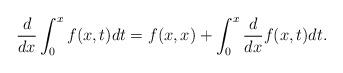
LaTeX: \begin{align*}\frac{d}{dx}\int_0^xf(x,t)dt = f(x,x) + \int_0^x\frac{d}{dx}f(x,t)dt. \end{align*}